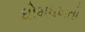
ધોમધખતો